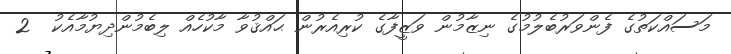
މަސައްކަތުގެ ފެންވަރުބެލުމުގެ ނިޒާމުން ވަޒީފާގެ ކުރިއެރުން ޙައްޤުވާ މާކުހެއް ލިބެމުންދިޔުމާއެކު  2